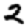
Digit: 2